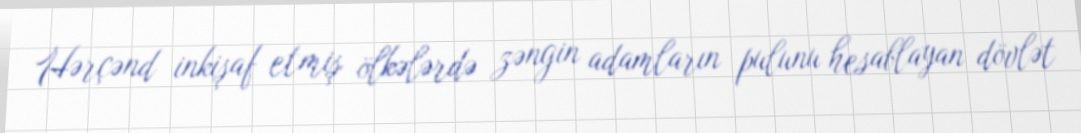
Hərçənd inkişaf etmiş ölkələrdə zəngin adamların pulunu hesablayan dövlət